Civil Veterinary Department Bihar & Orissa reports 1911-21 - 1911-1921
Year: 1911
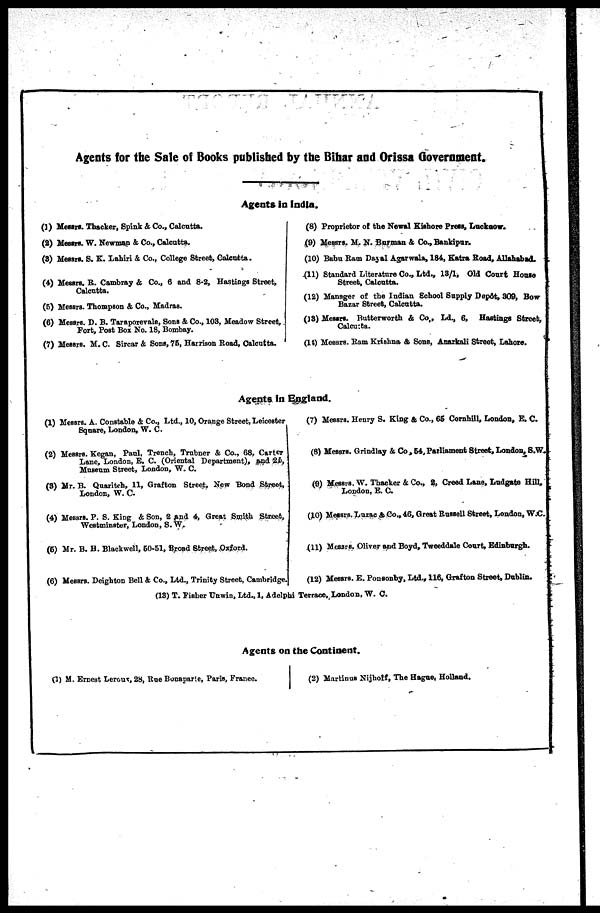
Agents for the Sale of Books published by the Bihar and Orissa Government.
Agents in India.
(1) Messrs. Thacker, Spink & Co., Calcutta.
(2) Messrs. W. Newman & Co., Calcutta.
(3) Messrs. S. K. Lahiri & Co., College Street, Calcutta.
(4) Messrs. R. Cambray & Co., 6 and 8-2, Eastings Street,
Calcutta.
(5) Messrs. Thompson & Co., Madras.
(6) Messrs. D. B. Taraporevala, Sons & Co., 103, Meadow Street,
Port, Post Box No. 18, Bombay.
(7) Messrs, M. C. Sircar & Sons, 75, Harrison Road, Calcutta.
(8) Proprietor of the Newal Kishore Press, Lucknow.
(9) Messrs. M. N. Barman & Co., Bankipur.
(10) Babu Ram Dayal Agarwala, 184, Katra Road, Allahabad.
(11) Standard Literature Co., Ltd., 13/1, Old Court House
Street, Calcutta.
(12) Manager of the Indian School Supply Depôt, 309, Bow
Bazar Street, Calcutta.
(13) Messrs. Butterworth & Co., Ld., 6, Hastings Street,
Calcutta.
(14) Messrs. Ram Krishna & Sons, Anarkali Street, Lahore.
Agents in England.
(1) Messrs. A. Constable & Co., Ltd., 10, Orange Street, Leicester
Square, London, W. C.
(2) Messrs. Kegan, Paul, Trench, Trubner & Co., 68, Carter
Lane, London, E. C. (Oriental Department), and 26,
Museum Street, London, W. C.
(3) Mr. B. Quaritch, 11, Grafton Street, New Bond Street,
London, W. C.
(4) Messrs. P. S. King & Son, 2 and 4, Great Smith Street,
Westminster, London, S. W.
(6) Mr. B. H. Blackwell, 50-51, Broad Street, Oxford.
(6) Messrs. Deighton Bell & Co., Ltd., Trinity Street, Cambridge.
(7) Messrs. Henry S. King & Co., 65 Cornhill, London, E. C.
(8) Messrs. Grindlay & Co , 54, Parliament Street, London, S.W.
(9) Messrs. W. Thacker & Co., 2, Creed Lane, Ludgate Hill,
London, E. C.
(10) Messrs. Luzac & Co., 46, Great Russell Street, London, W.C.
(11) Messrs. Oliver and Boyd, Tweeddale Court, Edinburgh.
(12) Messrs. E. Ponsonby, Ltd., 116, Grafton Street, Dublin.
(13) T. Fisher Unwin, Ltd., 1, Adelphi Terrace, London, W. C.
Agents on the Continent.
(1) M. Ernest Lerour, 28, Rue Bonaparte, Paris, Franee.
(2) Martinus Nijhoff, The Hague, Holland.